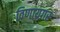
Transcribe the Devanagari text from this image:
विणायगर